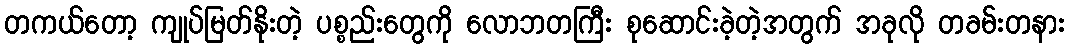
တကယ်တော့ ကျုပ်မြတ်နိုးတဲ့ ပစ္စည်းတွေကို လောဘတကြီး စုဆောင်းခဲ့တဲ့အတွက် အခုလို တခမ်းတနား